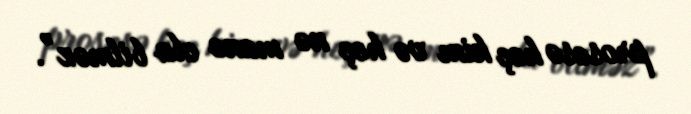
prosesə heç kim və heç nə mane ola bilməz”.